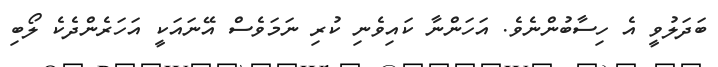
ބަދަލުވީ އެ ހިސާބުންނެވެ. އަހަންނާ ކައިވެނި ކުރި ނަމަވެސް އޭނައަކީ އަހަރެންދެކެ ލޯބި